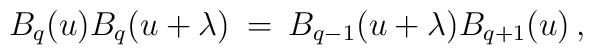
B_q(u) B_q(u+\lambda)\:=\:B_{q-1}(u+\lambda)B_{q+1}(u) \, ,